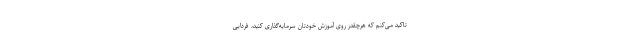
تاکید می‌کنم که هرچقدر روی آموزش خودتان سرمایه‌گذاری کنید، فردایی